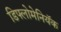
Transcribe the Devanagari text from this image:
डिफ्लोमेनियॅक